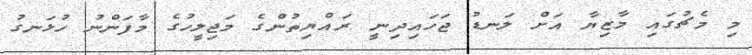
މި މެޗުގައި މާޒިޔާ އަށް ލަނޑު ޖަހައިދިނީ ރައްޔިތުންގެ މަޖިލީހުގެ މާފަންނު ހުޅަނގު